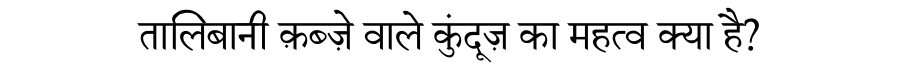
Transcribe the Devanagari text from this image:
तालिबानी क़ब्ज़े वाले कुंदूज़ का महत्व क्या है?